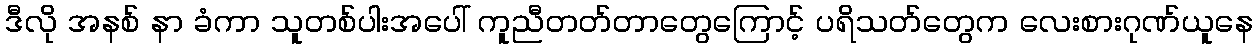
ဒီလို အနစ် နာ ခံကာ သူတစ်ပါးအပေါ် ကူညီတတ်တာတွေကြောင့် ပရိသတ်တွေက လေးစားဂုဏ်ယူနေ